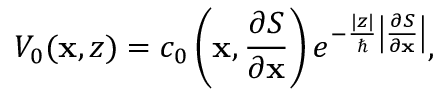
V _ { 0 } ( \mathbf { x } , z ) = c _ { 0 } \left( \mathbf { x } , \frac { \partial S } { \partial \mathbf { x } } \right) e ^ { - \frac { | z | } { \hbar } \left| \frac { \partial S } { \partial \mathbf { x } } \right| } ,